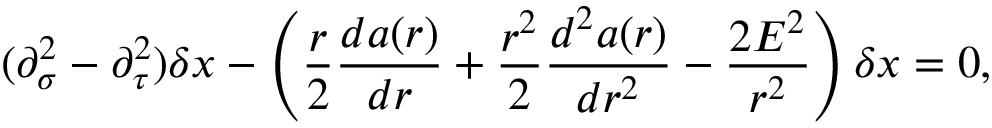
( \partial _ { \sigma } ^ { 2 } - \partial _ { \tau } ^ { 2 } ) \delta x - \left( \frac { r } { 2 } \frac { d a ( r ) } { d r } + \frac { r ^ { 2 } } { 2 } \frac { d ^ { 2 } a ( r ) } { d r ^ { 2 } } - \frac { 2 E ^ { 2 } } { r ^ { 2 } } \right) \delta x = 0 ,